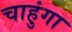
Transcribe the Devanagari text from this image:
चाहुंगा